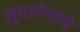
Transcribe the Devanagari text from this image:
सुधारंणांचे